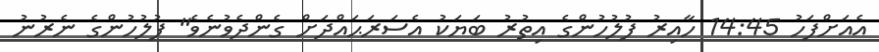
އެއަށްފަހު 14:45 ހާއިރު ފުލުހުންގެ އިތުރު ބަޔަކު އެސަރަޙައްދަށް ގެންދެވުނެވެ" ފުލުހުންގެ ނެރުނު